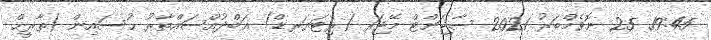
19:45